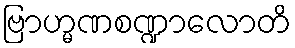
ဗြာဟ္မဏစဏ္ဍာလောတိ